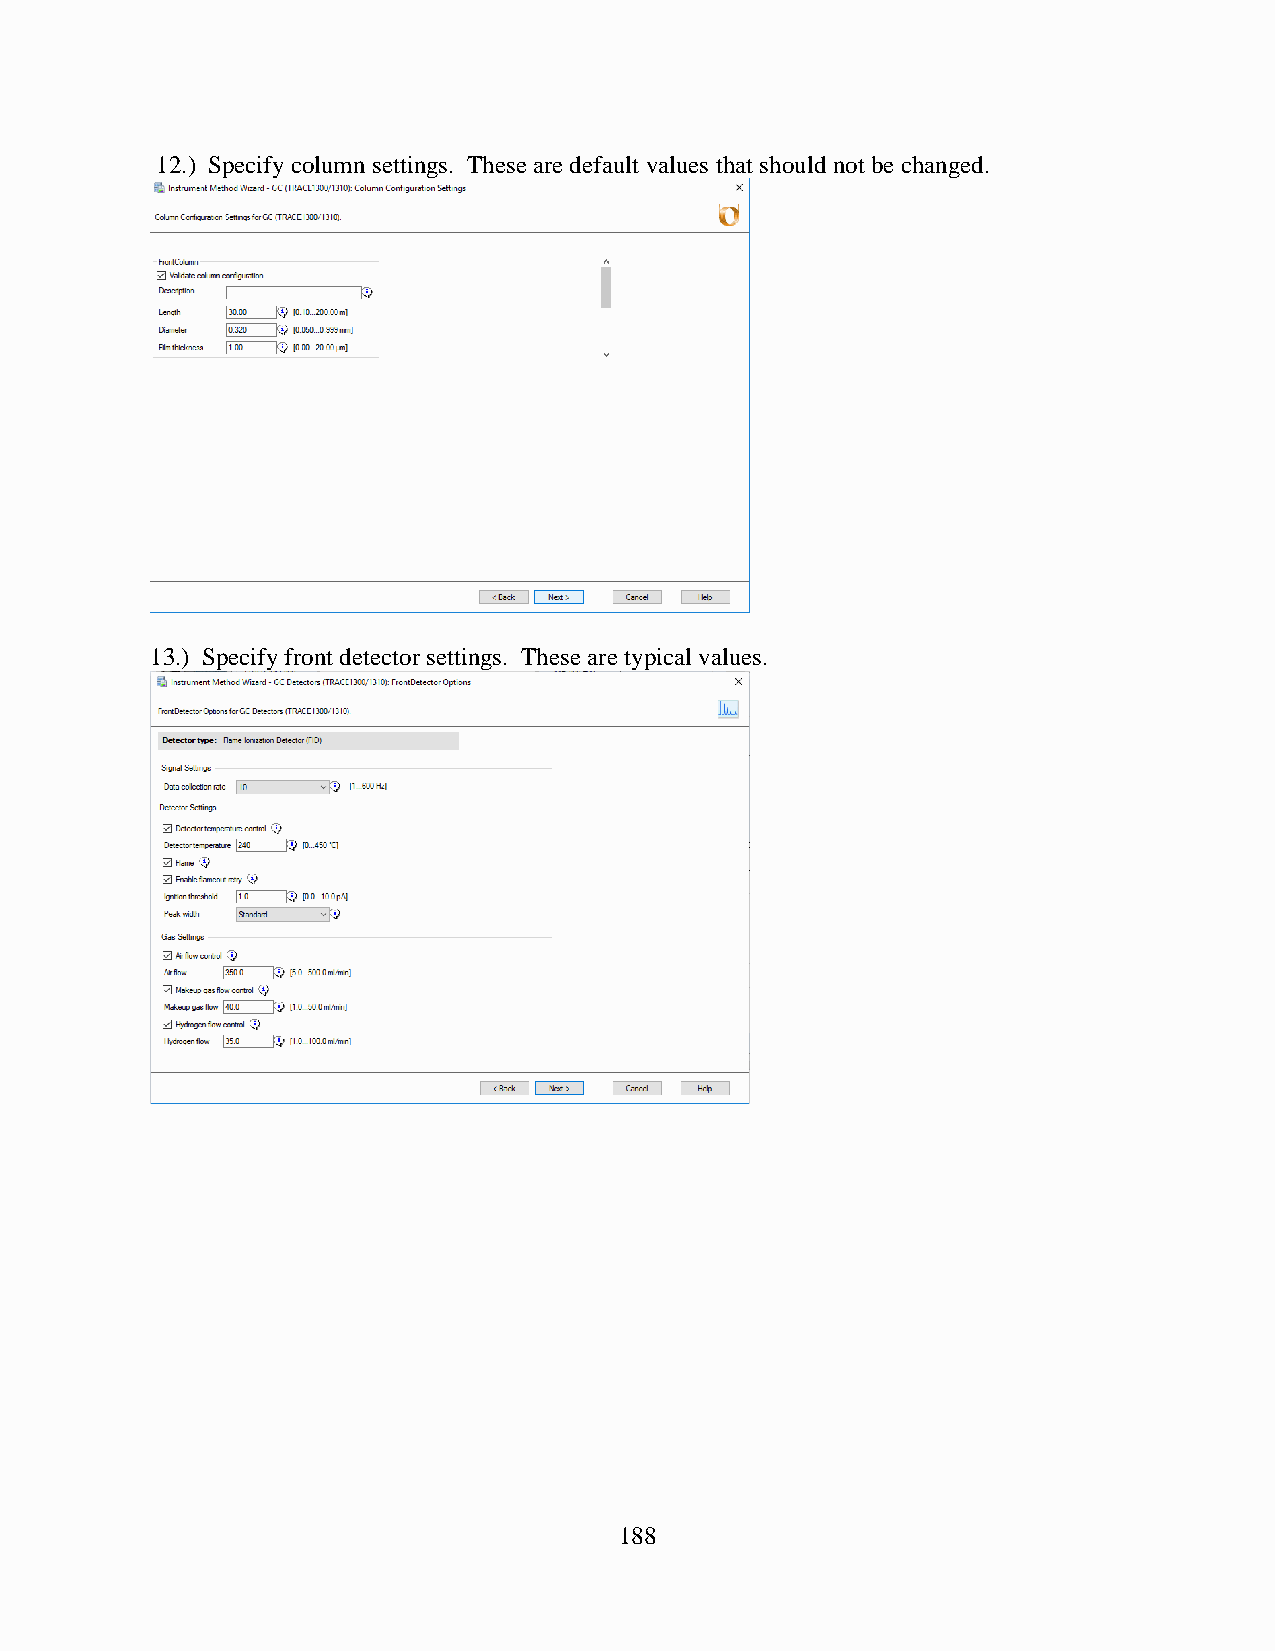
12.) Specify column settings. These are default values that should not be changed.
 13.) Specify front detector settings. These are typical values.
 188